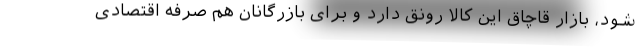
شود، بازار قاچاق این کالا رونق دارد و برای بازرگانان هم صرفه اقتصادی